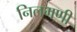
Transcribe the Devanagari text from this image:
निलमणी